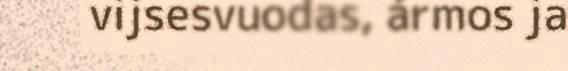
vijsesvuodas, ármos ja